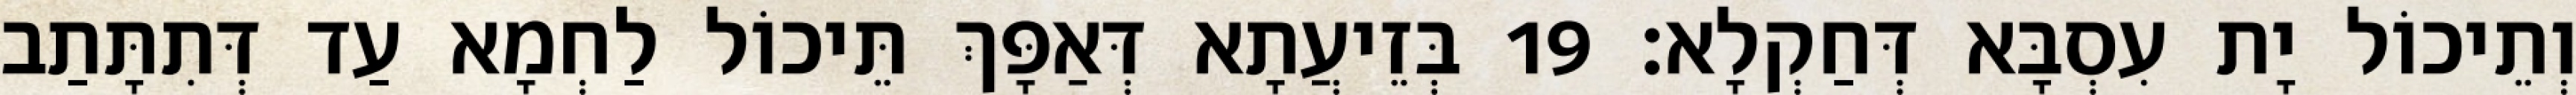
וְתֵיכוֹל יָת עִסְבָּא דְּחַקְלָא׃ 19 בְּזֵיעֲתָא דְּאַפָּךְ תֵּיכוֹל לַחְמָא עַד דְּתִתָּתַב